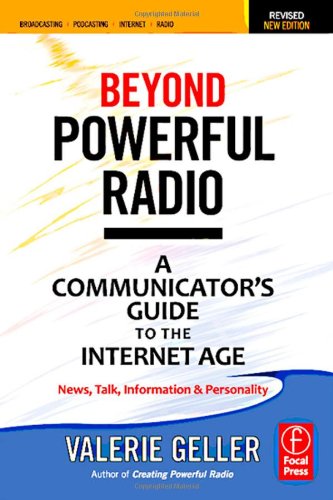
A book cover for Beyond Powerful Radio: A Communicator's Guide to the Internet AgeNews, Talk, Information & Personality for Broadcasting, Podcasting, Internet, Radio; Valerie Geller; Humor & Entertainment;